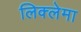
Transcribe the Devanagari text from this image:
लिक्लेमा